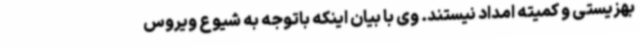
بهزیستی و کمیته امداد نیستند. وی با بیان اینکه باتوجه به شیوع ویروس